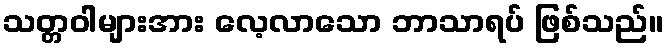
သတ္တဝါများအား လေ့လာသော ဘာသာရပ် ဖြစ်သည်။